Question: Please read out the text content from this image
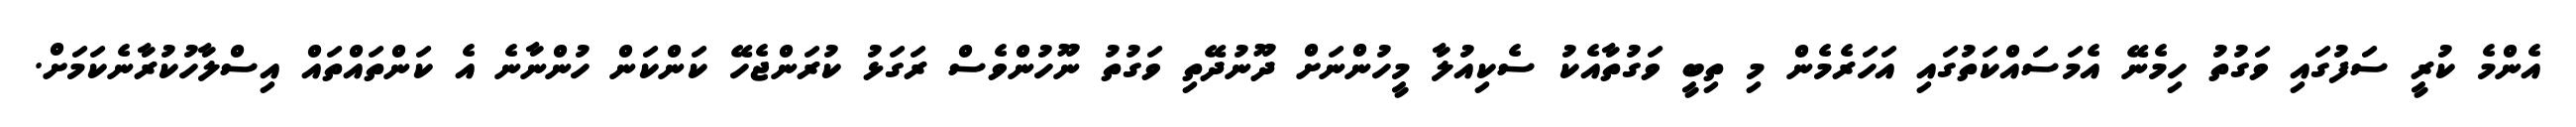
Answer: އެންމެ ކުރީ ސަފުގައި ވަގުތު ހިމެނޭ އެމަސައްކަތުގައި އަހަރެމެން މި ތިބީ ވަގުތާއެކު ސެކިއުލާ މީހުންނަށް ދޫނުދޭތި ވަގުތު ނޫހުންވެސް ރަގަޅު ކުރަންޖެހޭ ކަންކަން ހުންނާނެ އެ ކަންތައްތައް އިސްލާހުކުރާނެކަމަށް.